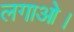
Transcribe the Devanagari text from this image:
लगाओ।